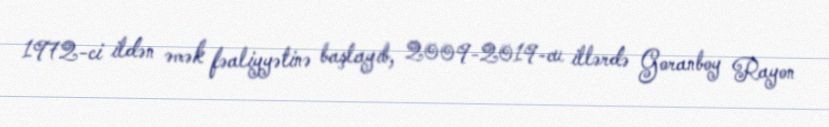
1972-ci ildən əmək fəaliyyətinə başlayıb, 2009-2019-cu illərdə Goranboy Rayon